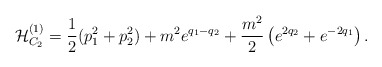
\begin{align*}{\cal H}_{C_2}^{(1)}={1\over2}(p_1^2+p_2^2)+m^2e^{q_1-q_2} +{m^2\over2}\left(e^{2q_2}+e^{-2q_1}\right). \end{align*}